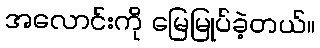
အလောင်းကို မြေမြုပ်ခဲ့တယ်။